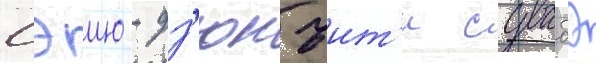
Сэию - дз'юнъит'и сувабэ